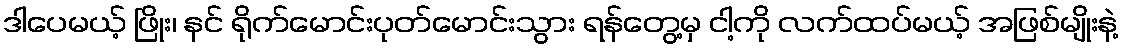
ဒါပေမယ့် ဖြိုး၊ နင် ရိုက်မောင်းပုတ်မောင်းသွား ရန်တွေ့မှ ငါ့ကို လက်ထပ်မယ့် အဖြစ်မျိုးနဲ့